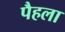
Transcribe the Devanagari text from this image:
पैहला